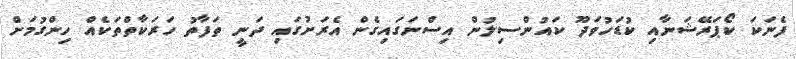
ފެނަކަ ކޯޕަރޭޝަނާއި ކުޑަހުވަދޫ ކައުންސިލުން އިސްނަގައިގެން އެރަށުގައި ދަނީ ތަފާތު ހަރަކާތްތަކެއް ހިންގުމަށް